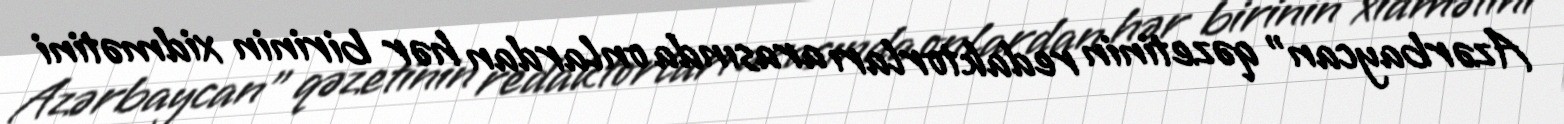
Azərbaycan" qəzetinin redaktorları arasında onlardan hər birinin xidmətini